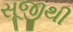
સૂજીથી